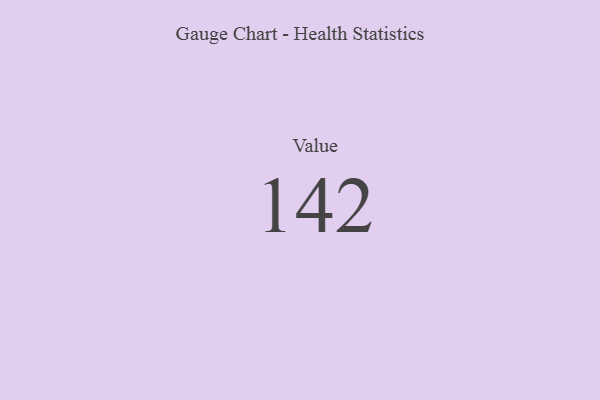
{"axis": {"x": "Metric", "y": "Value"}, "legend": [""], "data": [{"x": "Value", "y": 142, "type": ""}]}